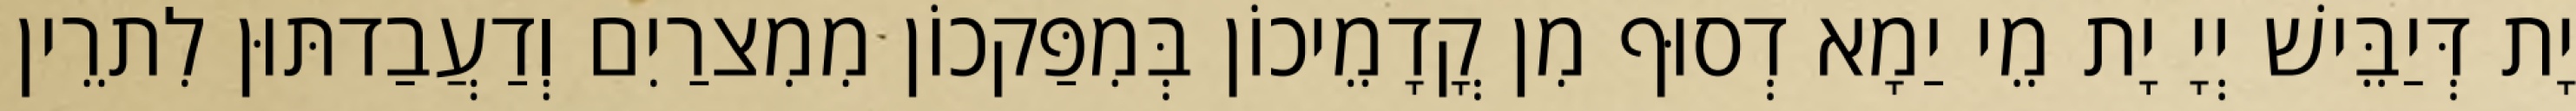
יָת דְּיַבֵּישׁ יְיָ יָת מֵי יַמָא דְסוּף מִן קֳדָמֵיכוֹן בְּמִפַּקכוֹן מִמִצרַיִם וְדַעֲבַדתּוּן לִתרֵין